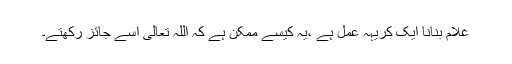
غلام بنانا ایک کریہہ عمل ہے ،یہ کیسے ممکن ہے کہ اللہ تعالیٰ اسے جائز رکھتے۔